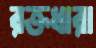
রক্তধারা